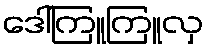
ဒေါ်ကြူကြူလှ